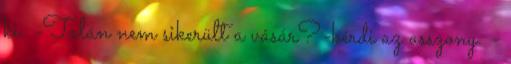
ki. -Talán nem sikerült a vásár?-kérdi az asszony. -